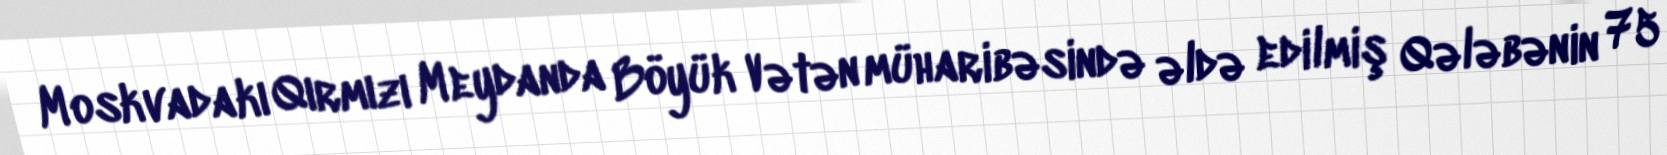
Moskvadakı Qırmızı Meydanda Böyük Vətən müharibəsində əldə edilmiş Qələbənin 75